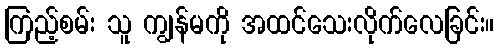
ကြည့်စမ်း သူ ကျွန်မကို အထင်သေးလိုက်လေခြင်း။